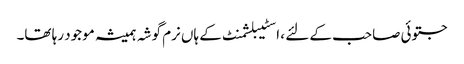
جتوئی صاحب کے لئے ، اسٹیبلشمنٹ کے ہاں نرم گوشہ ہمیشہ موجود رہا تھا۔